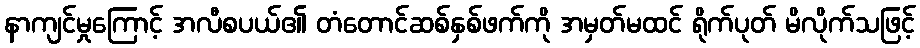
နာကျင်မှုကြောင့် အလီစပယ်၏ တံတောင်ဆစ်နှစ်ဖက်ကို အမှတ်မထင် ရိုက်ပုတ် မိလိုက်သဖြင့်